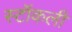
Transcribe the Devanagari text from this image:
स्टॉकली